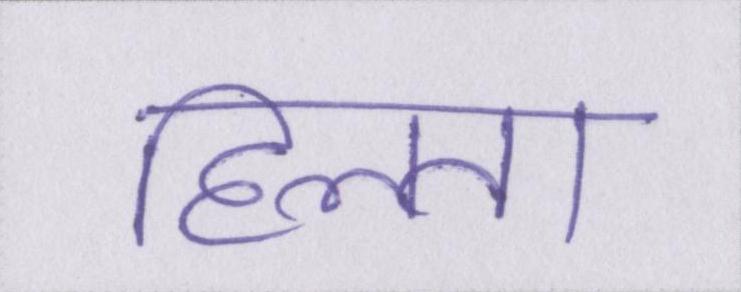
हिलता